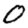
Digit: 0